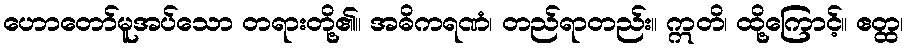
ဟောတော်မူအပ်သော တရားတို့၏။ အဓိကရဏံ၊ တည်ရာတည်း။ ဣတိ၊ ထို့ကြောင့်။ ဧတ္ထ၊